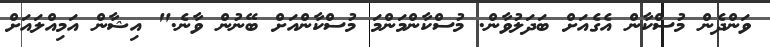
ވަންދެން މުސްކާން އެގެއަށް ބަދަލުވާން. މުސްކާންމަންމަ މުސްކާންއަށް ބޭނުން ވާނެ." އިޝާން އަމިއްލައަށް